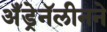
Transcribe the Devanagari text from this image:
अँड्रेनॅलीनने